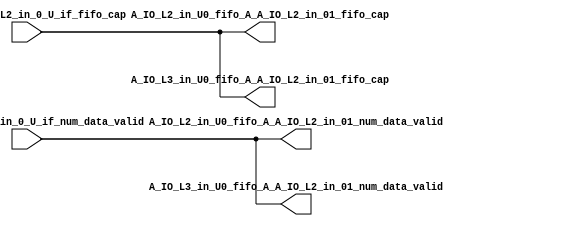
// ==================================================
// RTL generated by RapidStream
//
// Copyright 2024 RapidStream Design Automation, Inc.
// All Rights Reserved.
// ==================================================
`timescale 1 ns / 1 ps
module __rs_kernel3_aux_split_aux_25 #(
    parameter C_S_AXI_CONTROL_DATA_WIDTH  = 32,
    parameter C_S_AXI_CONTROL_ADDR_WIDTH  = 6,
    parameter C_S_AXI_DATA_WIDTH          = 32,
    parameter C_M_AXI_GMEM_A_ID_WIDTH     = 1,
    parameter C_M_AXI_GMEM_A_ADDR_WIDTH   = 64,
    parameter C_M_AXI_GMEM_A_DATA_WIDTH   = 512,
    parameter C_M_AXI_GMEM_A_AWUSER_WIDTH = 1,
    parameter C_M_AXI_GMEM_A_ARUSER_WIDTH = 1,
    parameter C_M_AXI_GMEM_A_WUSER_WIDTH  = 1,
    parameter C_M_AXI_GMEM_A_RUSER_WIDTH  = 1,
    parameter C_M_AXI_GMEM_A_BUSER_WIDTH  = 1,
    parameter C_M_AXI_GMEM_A_USER_VALUE   = 0,
    parameter C_M_AXI_GMEM_A_PROT_VALUE   = 0,
    parameter C_M_AXI_GMEM_A_CACHE_VALUE  = 3,
    parameter C_M_AXI_DATA_WIDTH          = 32,
    parameter C_M_AXI_GMEM_B_ID_WIDTH     = 1,
    parameter C_M_AXI_GMEM_B_ADDR_WIDTH   = 64,
    parameter C_M_AXI_GMEM_B_DATA_WIDTH   = 512,
    parameter C_M_AXI_GMEM_B_AWUSER_WIDTH = 1,
    parameter C_M_AXI_GMEM_B_ARUSER_WIDTH = 1,
    parameter C_M_AXI_GMEM_B_WUSER_WIDTH  = 1,
    parameter C_M_AXI_GMEM_B_RUSER_WIDTH  = 1,
    parameter C_M_AXI_GMEM_B_BUSER_WIDTH  = 1,
    parameter C_M_AXI_GMEM_B_USER_VALUE   = 0,
    parameter C_M_AXI_GMEM_B_PROT_VALUE   = 0,
    parameter C_M_AXI_GMEM_B_CACHE_VALUE  = 3,
    parameter C_M_AXI_GMEM_C_ID_WIDTH     = 1,
    parameter C_M_AXI_GMEM_C_ADDR_WIDTH   = 64,
    parameter C_M_AXI_GMEM_C_DATA_WIDTH   = 512,
    parameter C_M_AXI_GMEM_C_AWUSER_WIDTH = 1,
    parameter C_M_AXI_GMEM_C_ARUSER_WIDTH = 1,
    parameter C_M_AXI_GMEM_C_WUSER_WIDTH  = 1,
    parameter C_M_AXI_GMEM_C_RUSER_WIDTH  = 1,
    parameter C_M_AXI_GMEM_C_BUSER_WIDTH  = 1,
    parameter C_M_AXI_GMEM_C_USER_VALUE   = 0,
    parameter C_M_AXI_GMEM_C_PROT_VALUE   = 0,
    parameter C_M_AXI_GMEM_C_CACHE_VALUE  = 3,
    parameter C_S_AXI_CONTROL_WSTRB_WIDTH = 4,
    parameter C_S_AXI_WSTRB_WIDTH         = 4,
    parameter C_M_AXI_GMEM_A_WSTRB_WIDTH  = 64,
    parameter C_M_AXI_WSTRB_WIDTH         = 4,
    parameter C_M_AXI_GMEM_B_WSTRB_WIDTH  = 64,
    parameter C_M_AXI_GMEM_C_WSTRB_WIDTH  = 64
) (
    output wire [1:0] A_IO_L2_in_U0_fifo_A_A_IO_L2_in_01_fifo_cap,
    output wire [1:0] A_IO_L2_in_U0_fifo_A_A_IO_L2_in_01_num_data_valid,
    output wire [1:0] A_IO_L3_in_U0_fifo_A_A_IO_L2_in_01_fifo_cap,
    output wire [1:0] A_IO_L3_in_U0_fifo_A_A_IO_L2_in_01_num_data_valid,
    input wire  [1:0] fifo_A_A_IO_L2_in_0_U_if_fifo_cap,
    input wire  [1:0] fifo_A_A_IO_L2_in_0_U_if_num_data_valid
);
assign A_IO_L2_in_U0_fifo_A_A_IO_L2_in_01_fifo_cap = fifo_A_A_IO_L2_in_0_U_if_fifo_cap;
assign A_IO_L2_in_U0_fifo_A_A_IO_L2_in_01_num_data_valid = fifo_A_A_IO_L2_in_0_U_if_num_data_valid;
assign A_IO_L3_in_U0_fifo_A_A_IO_L2_in_01_fifo_cap = fifo_A_A_IO_L2_in_0_U_if_fifo_cap;
assign A_IO_L3_in_U0_fifo_A_A_IO_L2_in_01_num_data_valid = fifo_A_A_IO_L2_in_0_U_if_num_data_valid;
endmodule